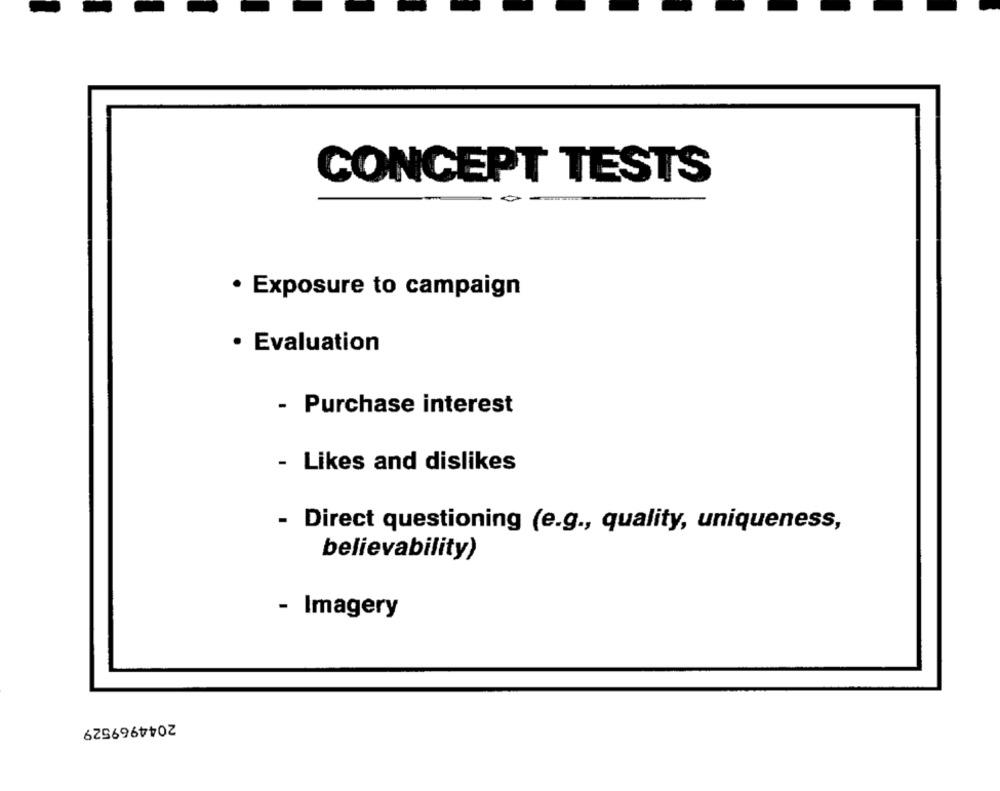
CONCEPT TESTS
· Exposure to campaign
Evaluation
- Purchase interest
- Likes and dislikes
- Direct questioning (e.g ., quality, uniqueness,
believability)
- Imagery
2044969529